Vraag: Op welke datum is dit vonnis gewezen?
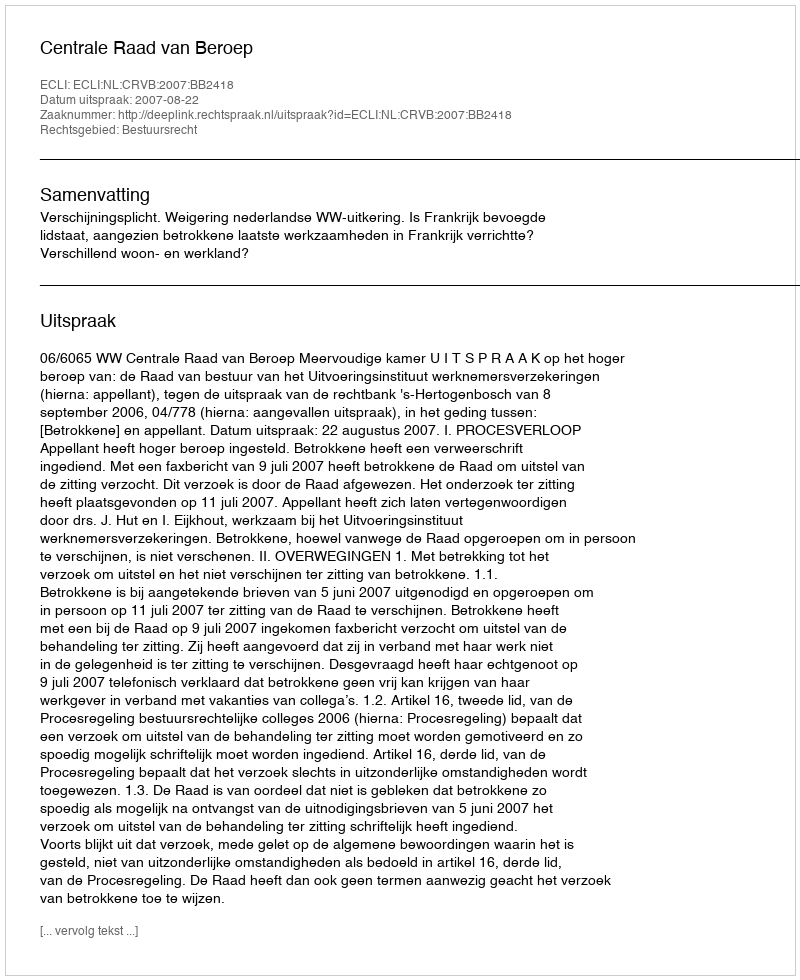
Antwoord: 2007-08-22